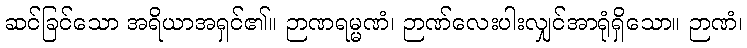
ဆင်ခြင်သော အရိယာအရှင်၏။ ဉာဏရမ္မဏံ၊ ဉာဏ်လေးပါးလျှင်အာရုံရှိသော။ ဉာဏံ၊